Report of the Hyderabad Chloroform Commission
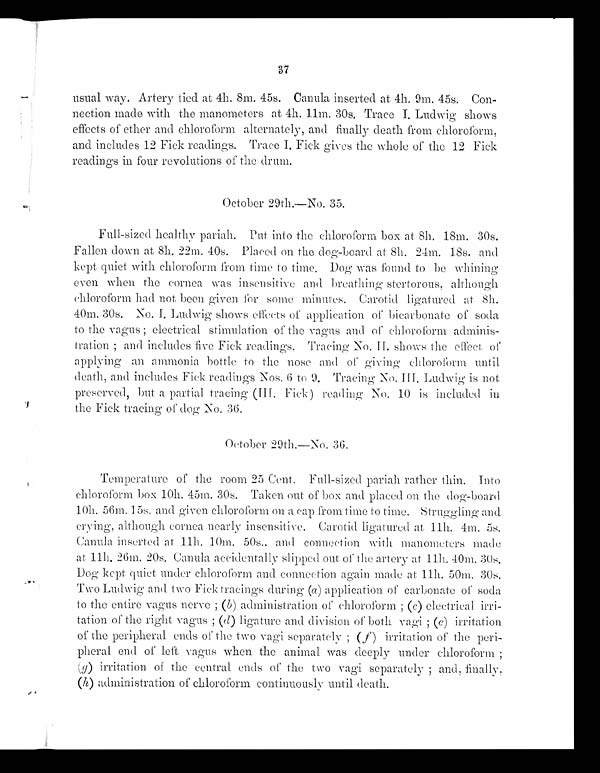
37
usual way. Artery tied at 4h. 8m. 45s. Canula inserted at. 4h. 9m. 45s. Con-
nection made with the manometers at 4h. 11m. 30s, Trace I. Ludwig shows
effects of ether and chloroform alternately, and finally death from chloroform,
and includes 12 Fick readings. Trace I. Fick gives the whole of the 12 Fick
readings in four revolutions of the drum.
October 29th.—No. 35.
Full-sized healthy pariah. Put into the chloroform box at. 8h. 18m. 30s.
Fallen down at 8h. 22m. 40s. Placed on the dog-board at 811. 24m. 1.8s. and
kept quiet with chloroform from time to time. Dog was found to be whining
even when the cornea w as insensitive and breathing stertorous, although
chloroform had not been given for some minutes. Carotid tured at 8h.
40m. 30s. No. I. Ludwig shows effects of application of bicarbonate of soda
to the vagus ; electrical stimulation of the vagus and of chloroform adminis-
tration ; and includes five Fick readings. Tracing No. II. shows the effect, of
applying an ammonia bottle to the nose and of giving chloroform until
death, and includes Fick readings Nos. 6 to 9. Tracing No. Ludwig is not
preserved, but a partial tracing (III. Fick) reading No. 10 is included in
the Fick tracing of dog No, 36.
October 29th.—No. 36.
Temperature of the room 25 Cent. Full-sized pariah rather thin. Into
chloroform box 10h. 45m. 30s. Taken out of box and placed on the dog-board
10h. 56m, 15s. and given chloroform on a cap from time to time. Struggling and
crying, although cornea nearly insensitive. Carotid ligatured at l1h. 4m. 5s.
Canula inserted at 11h. 10m. 50s. and connection with manometers made
at 11h. 26m. 20s. Canula accidentally slipped out of the artery at 11h.. 40m. 30s.
Dog kept quiet under chloroform and connection again made at. 11h. 50m. 30s.
Two Ludwig and two Fick tracings during (a) application of carbonate of soda
to the entire vagus nerve ; (b) administration of chloroform ; ( c ) electrical. irri-
tation of the right vagus ; (d) ligature and division of both vagi ; (e) irritation
of the peripheral ends of the two vagi separately ; ( f) irritation of the peri-
pheral end of left vagus when the animal was deeply under chloroform ;
(g) irritation of the central ends of the two vagi separately ; and, finally.
(h) administration of chloroform continuously until death.